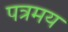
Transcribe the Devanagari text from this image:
पत्रमय